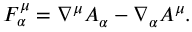
F _ { \alpha } ^ { \mu } = \nabla ^ { \mu } A _ { \alpha } - \nabla _ { \alpha } A ^ { \mu } .